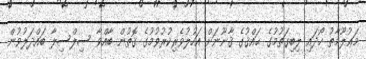
މަޢުލޫމާތު ހޯދައި ލިބިގަތުމުގެ ޙައްޤުގެ ޤާނޫނަށް އަހުލުވެރިކުރުވުމުގެ ގޮތުން ބާއްވާ ސިލްސިލާ ބައްދަލުވުން